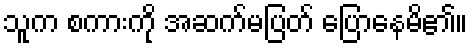
သူက စကားကို အဆက်မပြတ် ပြောနေမိ၏။